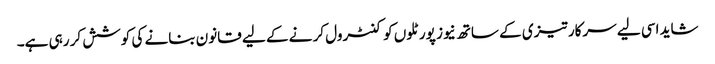
شاید اسی لیے سرکار تیزی کے ساتھ نیوز پورٹلوں کو کنٹرول کر نے کے لیے قانون بنانے کی کوشش کر رہی ہے۔